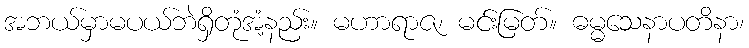
အဘယ်မှာမပယ်ဘဲရှိတုံအံ့နည်း။ မဟာရာဇ၊ မင်းမြတ်။ ဓမ္မသေနာပတိနာ၊